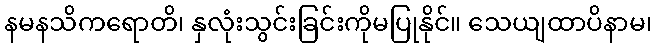
နမနသိကရောတိ၊ နှလုံးသွင်းခြင်းကိုမပြုနိုင်။ သေယျထာပိနာမ၊